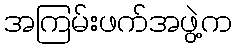
အကြမ်းဖက်အဖွဲ့က